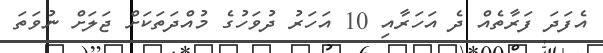
އެފަދަ ފަރާތެއް ދެ އަހަރާއި 10 އަހަރު ދުވަހުގެ މުއްދަތަކަށް ޖަލަށް ނުވަތަ